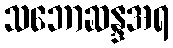
သဘောဆန္ဒအရ